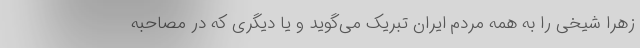
زهرا شیخی را به همه مردم ایران تبریک می‌گوید و یا دیگری که در مصاحبه